Annual administration report of the Civil Veterinary Department of India - 1900-1901
Year: 1900
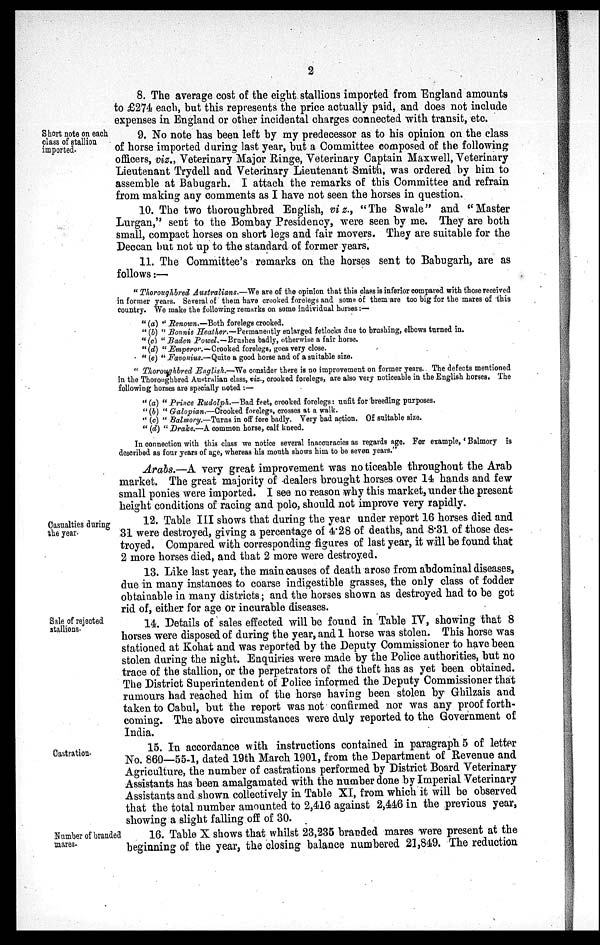
2
8. The average cost of the eight stallions imported from England amounts
to £274 each, but this represents the price actually paid, and does not include
expenses in England or other incidental charges connected with transit, etc.
Short note on each
class of stallion
imported.
9. No note has been left by my predecessor as to his opinion on the class
of horse imported during last year, but a Committee composed of the following
officers, viz., Veterinary Major Ringe, Veterinary Captain Maxwell, Veterinary
Lieutenant Trydell and Veterinary Lieutenant Smith, was ordered by him to
assemble at Babugarh. I attach the remarks of this Committee and refrain
from making any comments as I have not seen the horses in question.
10. The two thoroughbred English, viz., "The Swale" and "Master
Lurgan," sent to the Bombay Presidency, were seen by me. They are both
small, compact horses on short legs and fair movers. They are suitable for the
Deccan but not up to the standard of former years.
11. The Committee's remarks on the horses sent to Babugarh, are as
follows:—
"Thoroughbred Australians.—We are of the opinion that this class is inferior compared with those received
in former years. Several of them have crooked forelegs and some of them are too big for the mares of this
country. We make the following remarks on some individual horses :—
"(a) "Renown.—Both forelegs crooked.
"(b) "Bonnie Heather.—Permanently enlarged fetlocks due to brushing, elbows turned in.
"(c) "Baden Powel.—Brushes badly, otherwise a fair horse.
"(d) "Emperor.— Crooked forelegs, goes very close.
" (e) "Favonius.—Quite a good horse and of a suitable size.
"Thoroughbred English.—We consider there is no improvement on former years. The defects mentioned
in the Thoroughbred Australian class, viz., crooked forelegs, are also very noticeable in the English horses. The
following horses are specially noted:—
"(a) "Prince Rudolph.—Bad feet, crooked forelegs: unfit for breeding purposes.
"(b) "Galopian.—Crooked forelegs, crosses at a walk.
"(c) "Balmory.—Turns in off fore badly. Very bad action. Of suitable size.
"(d) "Drake.—A common horse, calf kneed.
In connection with this class we notice several inaccuracies as regards age. For example,' Balmory is
described as four years of age, whereas his mouth shows him to be seven years."
Arabs.—A very great improvement was no ticeable throughout the Arab
market. The great majority of dealers brought horses over 14 hands and few
small ponies were imported. I see no reason why this market, under the present
height conditions of racing and polo, should not improve very rapidly.
Casualties during
the year.
12. Table III shows that during the year under report 16 horses died and
31 were destroyed, giving a percentage of 4.28 of deaths, and 8.31 of those des-
troyed. Compared with corresponding figures of last year, it will be found that
2 more horses died, and that 2 more were destroyed.
13. Like last year, the main causes of death arose from abdominal diseases,
due in many instances to coarse indigestible grasses, the only class of fodder
obtainable in many districts; and the horses shown as destroyed had to be got
rid of, either for age or incurable diseases.
Sale of rejected
stallions.
14. Details of sales effected will be found in Table IV, showing that 8
horses were disposed of during the year, and 1 horse was stolen. This horse was
stationed at Kohat and was reported by the Deputy Commissioner to have been
stolen during the night. Enquiries were made by the Police authorities, but no
trace of the stallion, or the perpetrators of the theft has as yet been obtained.
The District Superintendent of Police informed the Deputy Commissioner that
rumours had reached him of the horse having been stolen by Ghilzais and
taken to Cabul, but the report was not confirmed nor was any proof forth-
coming. The above circumstances were duly reported to the Government of
India.
Castration.
15. In accordance with instructions contained in paragraph 5 of letter
No. 860—55-1, dated 19th March 1901, from the Department of Revenue and
Agriculture, the number of castrations performed by District Board Veterinary
Assistants has been amalgamated with the number done by Imperial Veterinary
Assistants and shown collectively in Table XI, from which it will be observed
that the total number amounted to 2,416 against 2,446 in the previous year,
showing a slight falling off of 30.
Number of branded
mares.
16. Table X shows that whilst 23,235 branded mares were present at the
beginning of the year, the closing balance numbered 21,849. The reduction